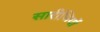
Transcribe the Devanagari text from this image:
सारीणियों